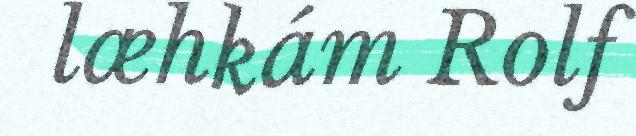
læhkám Rolf